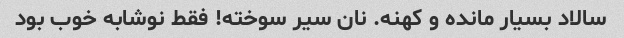
سالاد بسیار مانده و کهنه. نان سیر سوخته! فقط نوشابه خوب بود